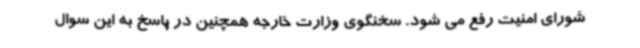
شورای امنیت رفع می شود. سخنگوی وزارت خارجه همچنین در پاسخ به این سوال